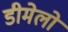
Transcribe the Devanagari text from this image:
डीमेलो